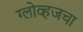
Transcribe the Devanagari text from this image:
ग्लोव्हजचा